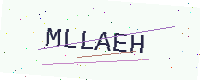
Text: MLLAEH